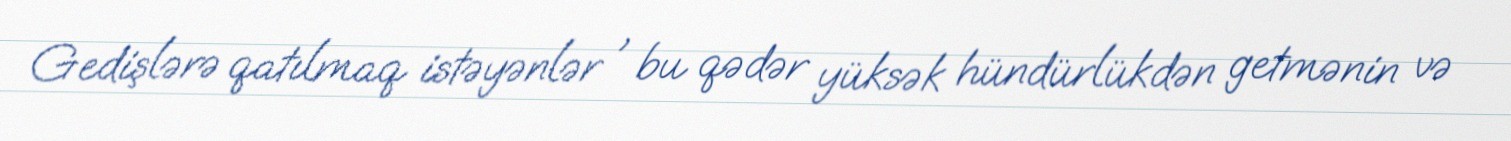
Gedişlərə qatılmaq istəyənlər , bu qədər yüksək hündürlükdən getmənin və